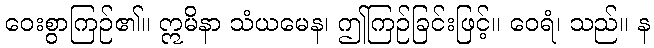
ဝေးစွာကြဉ်၏။ ဣမိနာ သံယမေန၊ ဤကြဉ်ခြင်းဖြင့်။ ဝေရံ၊ သည်။ န